Scottish Leaving Certificate Examination, 1951
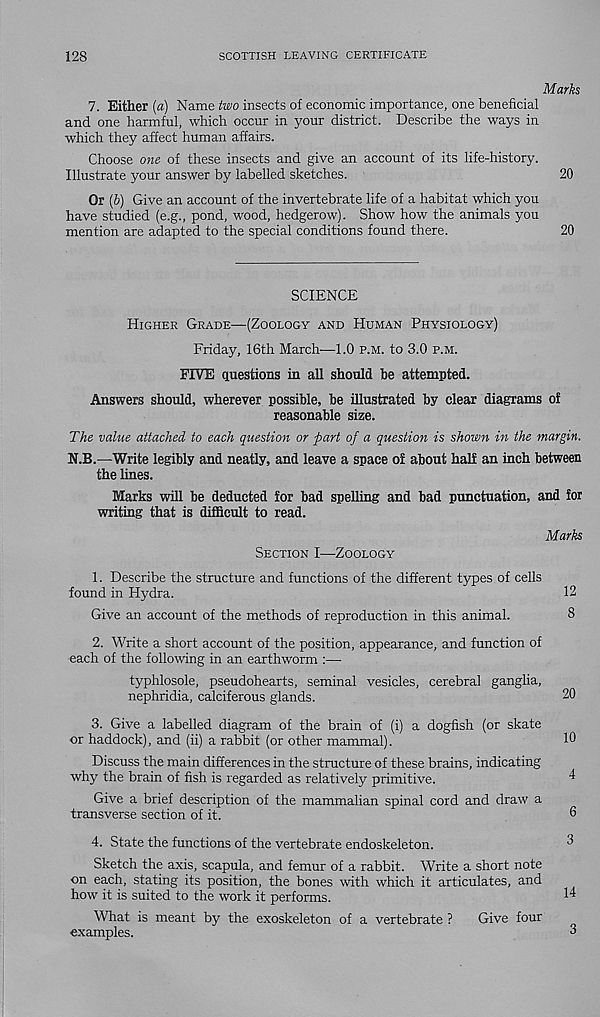
128
SCOTTISH LEAVING CERTIFICATE
Marks
7. Either (a) Name two insects of economic importance, one beneficial
and one harmful, which occur in your district. Describe the ways in
which they affect human affairs.
Choose one of these insects and give an account of its life-history.
Illustrate your answer by labelled sketches.
20
Or (6) Give an account of the invertebrate life of a habitat which you
have studied (e.g., pond, wood, hedgerow). Show how the animals you
mention are adapted to the special conditions found there.
20
SCIENCE
Higher Grade—(Zoology and Human Physiology)
Friday, 16th March—1.0 p.m. to 3.0 p.m.
FIVE questions in all should be attempted.
Answers should, wherever possible, be illustrated by clear diagrams of
reasonable size.
The value attached to each question or part of a question is shown in the margin.
N.B.—Write legibly and neatly, and leave a space of about half an inch between
the lines.
Marks will be deducted for bad spelling and bad punctuation, and for
writing that is difficult to read.
Section I—Zoology
Marks
1. Describe the structure and functions of the different types of cells
found in Hydra.
12
Give an account of the methods of reproduction in this animal.
8
2. Write a short account of the position, appearance, and function of
each of the following in an earthworm :—
typhlosole, pseudohearts, seminal vesicles, cerebral ganglia,
nephridia, calciferous glands.
20
3. Give a labelled diagram of the brain of (i) a dogfish (or skate
or haddock), and (ii) a rabbit (or other mammal).
10
Discuss the main differences in the structure of these brains, indicating
why the brain of fish is regarded as relatively primitive.
4
Give a brief description of the mammalian spinal cord and draw a
transverse section of it.
6
4. State the functions of the vertebrate endoskeleton.
Sketch the axis, scapula, and femur of a rabbit. Write a short note
on each, stating its position, the bones with which it articulates, and
how it is suited to the work it performs.
What is meant by the exoskeleton of a vertebrate ?
Give four
examples.